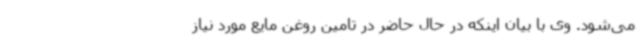
می‌شود. وی با بیان اینکه در حال حاضر در تامین روغن مایع مورد نیاز